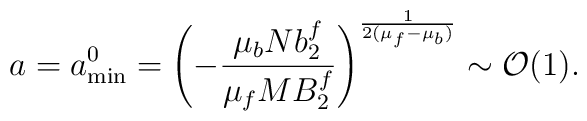
a=a^0_{\rm min}=\left(-{\mu_bNb_2^f\over\mu_fMB_2^f}\right)^{1\over2(\mu_f-\mu_b)}\sim{\cal O}(1).